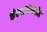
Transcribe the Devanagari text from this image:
कॅल्गारीमधील